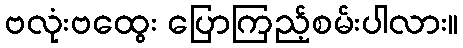
ဗလုံးဗထွေး ပြောကြည့်စမ်းပါလား။